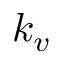
k _ { v }